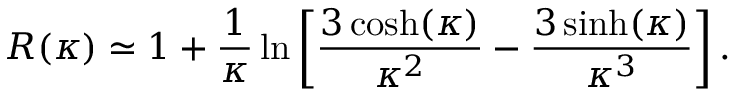
R ( \kappa ) \simeq 1 + \frac { 1 } { \kappa } \ln \left[ \frac { 3 \cosh ( \kappa ) } { \kappa ^ { 2 } } - \frac { 3 \sinh ( \kappa ) } { \kappa ^ { 3 } } \right] .